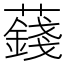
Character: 𧂂